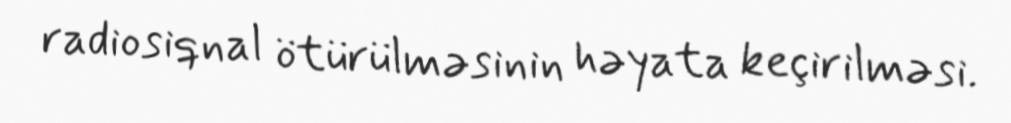
radiosiqnal ötürülməsinin həyata keçirilməsi.